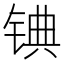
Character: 𬭓